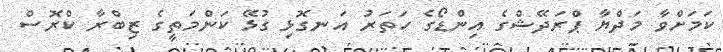
ކަމަށްވާ މަދްޔާ ޕްރަދޭޝްގެ އިންޑޯގެ ހަތަރު އަނގޮޅި ގުޅޭ ކަންމަތީގެ ޒިބްރާ ކްރޮސް